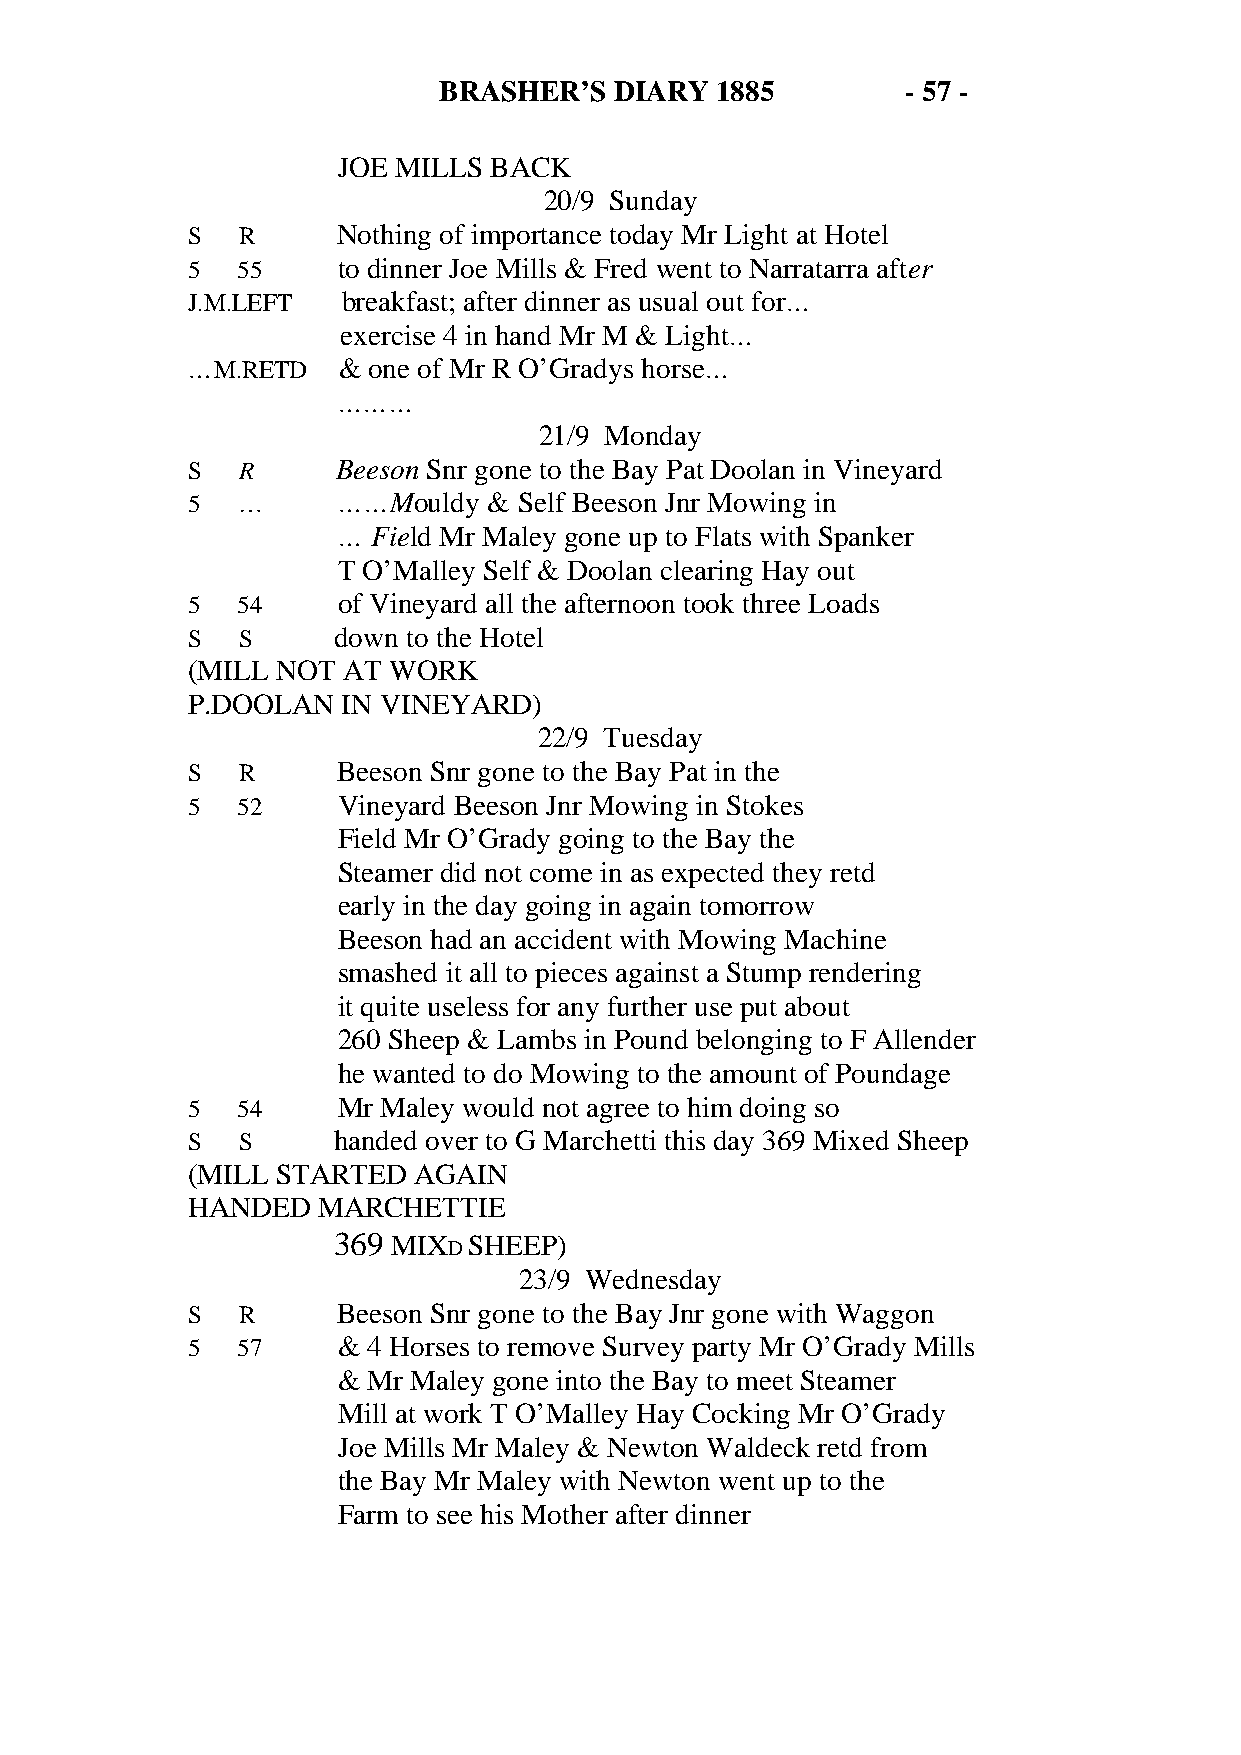
BRASHER’S   DIARY 1885         - 57 -
 JOE MILLS BACK
 20/9 Sunday
 S   R     Nothing of importance today Mr Light at Hotel
 5   55    to dinner Joe Mills & Fred went to Narratarra after
 J.M.LEFT   breakfast; after dinner as usual out for…
 exercise 4 in hand Mr M & Light…
 …M.RETD   & one of Mr R O’Gradys horse…
 ………
 21/9 Monday
 S   R     Beeson Snr gone to the Bay Pat Doolan in Vineyard
 5   …     ……Mouldy  & Self Beeson Jnr Mowing in
 …  Field Mr Maley gone up to Flats with Spanker
 T O’Malley Self & Doolan clearing Hay out
 5   54    of Vineyard all the afternoon took three Loads
 S   S     down to the Hotel
 (MILL NOT  AT WORK
 P.DOOLAN   IN VINEYARD)
 22/9 Tuesday
 S   R     Beeson Snr gone to the Bay Pat in the
 5   52    Vineyard Beeson Jnr Mowing in Stokes
 Field Mr O’Grady going to the Bay the
 Steamer did not come in as expected they retd
 early in the day going in again tomorrow
 Beeson had an accident with Mowing Machine
 smashed it all to pieces against a Stump rendering
 it quite useless for any further use put about
 260 Sheep & Lambs in Pound belonging to F Allender
 he wanted to do Mowing to the amount of Poundage
 5   54    Mr Maley would not agree to him doing so
 S   S     handed over to G Marchetti this day 369 Mixed Sheep
 (MILL STARTED  AGAIN
 HANDED   MARCHETTIE
 369 MIX  SHEEP)
 D
 23/9 Wednesday
 S   R     Beeson Snr gone to the Bay Jnr gone with Waggon
 5   57    & 4 Horses to remove Survey party Mr O’Grady Mills
 & Mr Maley gone into the Bay to meet Steamer
 Mill at work T O’Malley Hay Cocking Mr O’Grady
 Joe Mills Mr Maley & Newton Waldeck retd from
 the Bay Mr Maley with Newton went up to the
 Farm to see his Mother after dinner